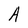
Character: A